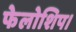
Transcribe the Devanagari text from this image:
फेलोशिप।